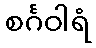
စင်္ဂဝါရံ